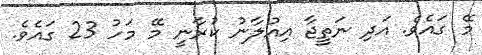
މޭ ގައެވެ. އަދި ނަތީޖާ އިއުލާނު ކުރާނީ މޭ މަހު 23 ގައެވެ.